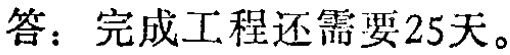
答：完成工程还需要25天。